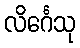
လိင်္ဂေသု